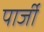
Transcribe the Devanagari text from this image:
पार्जी